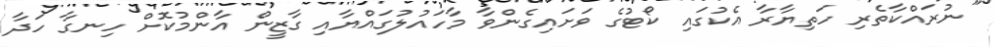
"ނުރައްކާތެރި ހަތިޔާރާ އެކުގައި ކޯޓުގެ ވަށައިގެންވާ މާހައުލުގައްޔާއި ގާޒީން އާންމުކޮށް ހިނގާ ހަދާ